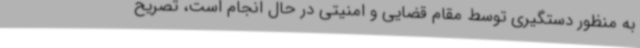
به منظور دستگیری توسط مقام قضایی و امنیتی در حال انجام است، تصریح